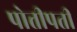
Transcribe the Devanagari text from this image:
पोत्तीपती